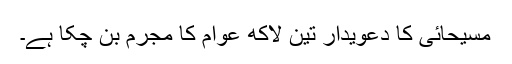
مسیحائی کا دعویدار تین لاکھ عوام کا مجرم بن چکا ہے۔